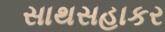
સાથસહાકર